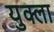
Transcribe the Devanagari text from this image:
युक्ला